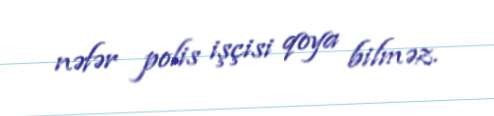
nəfər polis işçisi qoya bilməz.